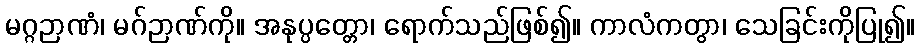
မဂ္ဂဉာဏံ၊ မဂ်ဉာဏ်ကို။ အနုပ္ပတ္တော၊ ရောက်သည်ဖြစ်၍။ ကာလံကတွာ၊ သေခြင်းကိုပြု၍။